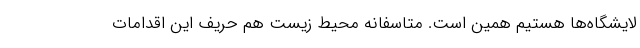
لایشگاه‌ها هستیم همین است. متاسفانه محیط زیست هم حریف این اقدامات